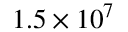
1 . 5 \times 1 0 ^ { 7 }